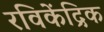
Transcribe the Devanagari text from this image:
रविकेंद्रिक